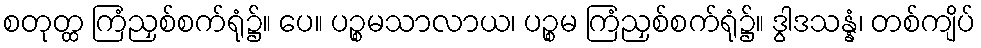
စတုတ္ထ ကြံညှစ်စက်ရုံ၌။ ပေ။ ပဉ္စမသာလာယ၊ ပဉ္စမ ကြံညှစ်စက်ရုံ၌။ ဒွါဒသန္နံ၊ တစ်ကျိပ်